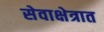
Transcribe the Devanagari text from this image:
सेवाक्षेत्रात